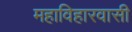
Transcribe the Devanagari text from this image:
महाविहारवासी